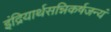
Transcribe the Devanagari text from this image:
इंद्रियार्थसन्निकर्षजन्यं